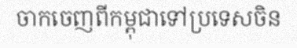
ចាកចេញពីកម្ពុជាទៅប្រទេសចិន